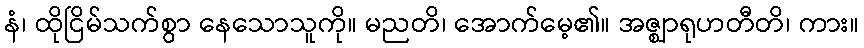
နံ၊ ထိုငြိမ်သက်စွာ နေသောသူကို။ မညတိ၊ အောက်မေ့၏။ အဇ္ဈာရုဟတီတိ၊ ကား။